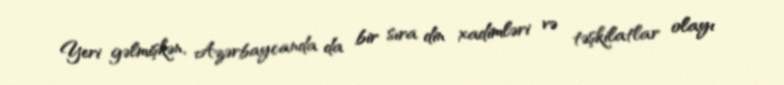
Yeri gəlmişkən, Azərbaycanda da bir sıra din xadimləri və təşkilatlar olayı